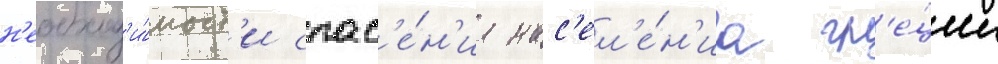
н'еобход'и́мост'и спас'е́н'иа нас'ел'е́н'иа гр'е́ции